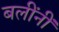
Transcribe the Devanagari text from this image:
बलींनीं